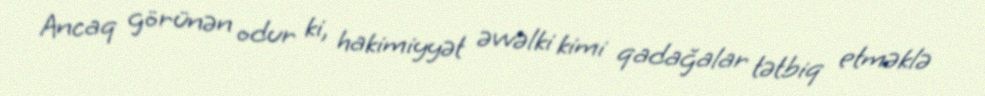
Ancaq görünən odur ki, hakimiyyət əvvəlki kimi qadağalar tətbiq etməklə